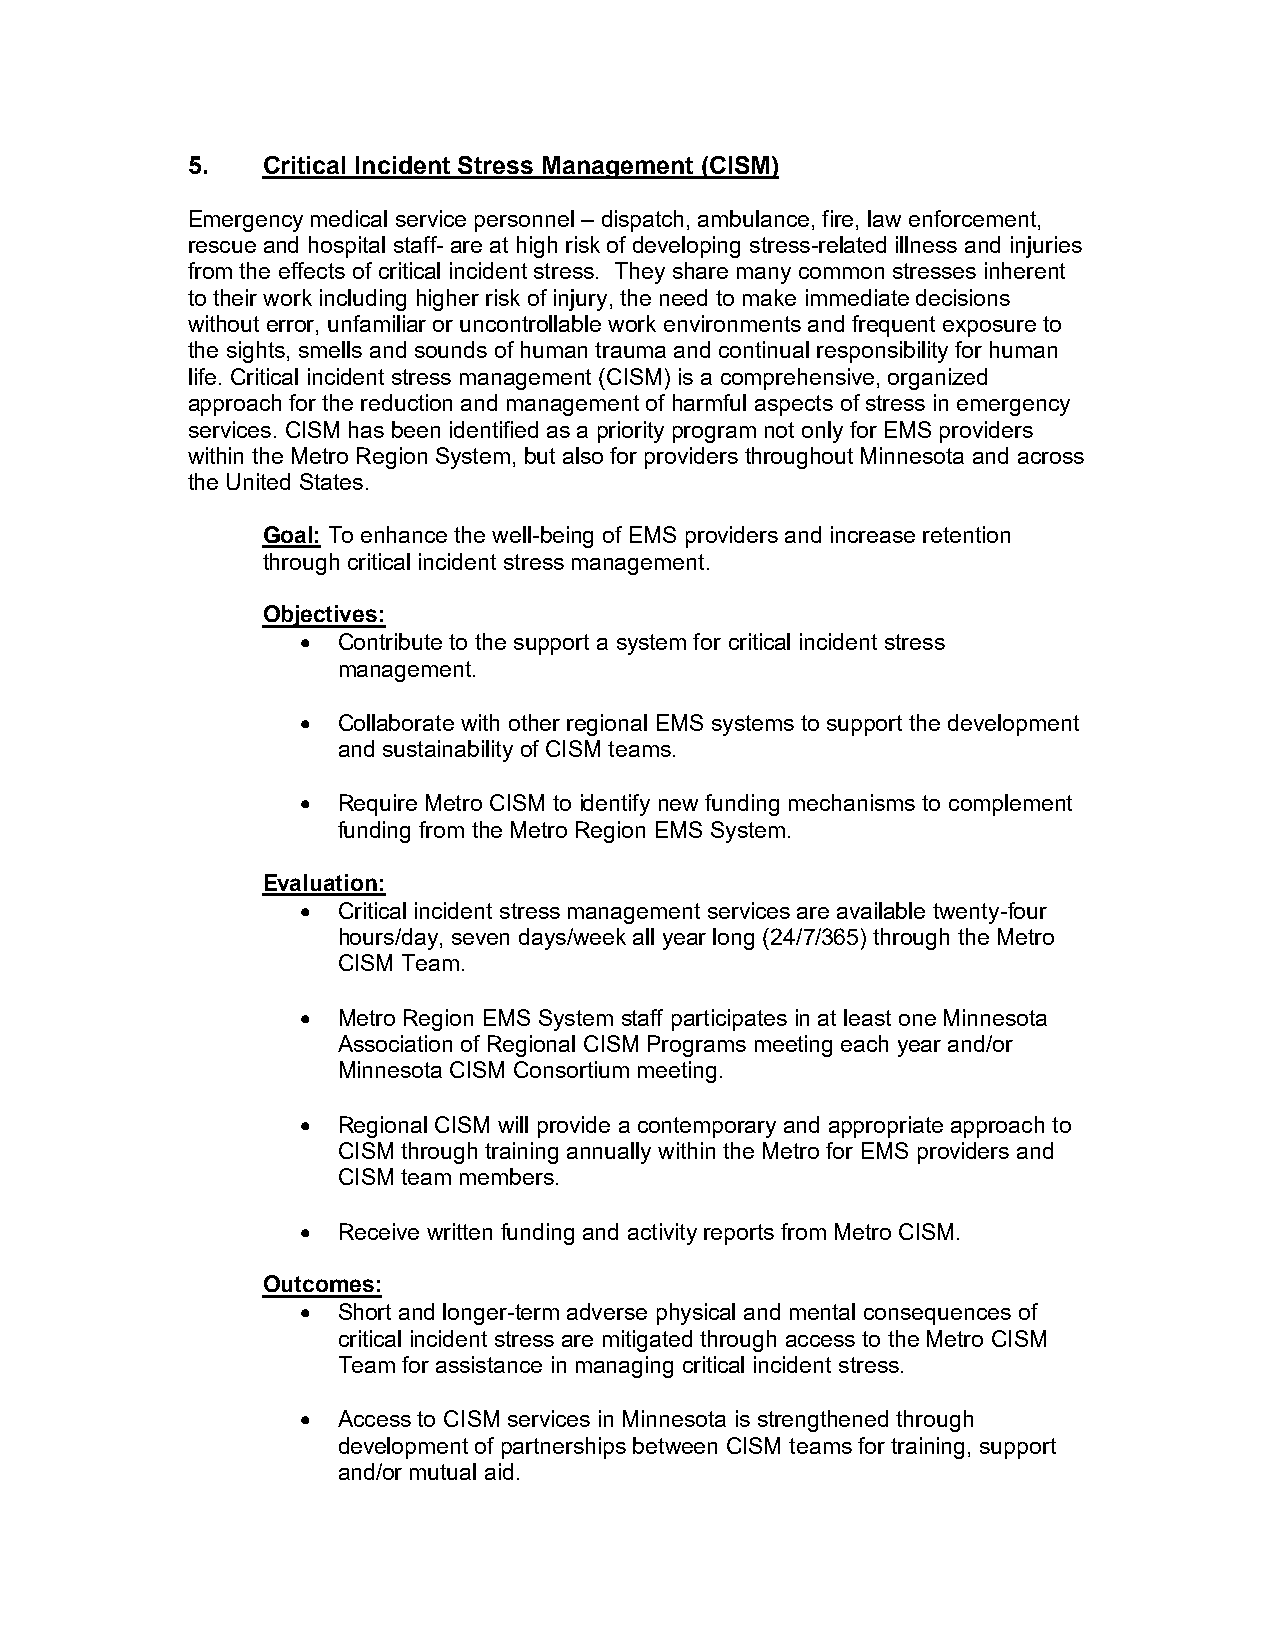
5.   Critical Incident Stress Management (CISM)
 Emergency medical service personnel – dispatch, ambulance, fire, law enforcement,
 rescue and hospital staff- are at high risk of developing stress-related illness and injuries
 from the effects of critical incident stress. They share many common stresses inherent
 to their work including higher risk of injury, the need to make immediate decisions
 without error, unfamiliar or uncontrollable work environments and frequent exposure to
 the sights, smells and sounds of human trauma and continual responsibility for human
 life. Critical incident stress management (CISM) is a comprehensive, organized
 approach for the reduction and management of harmful aspects of stress in emergency
 services. CISM has been identified as a priority program not only for EMS providers
 within the Metro Region System, but also for providers throughout Minnesota and across
 the United States.
 Goal: To enhance the well-being of EMS providers and increase retention
 through critical incident stress management.
 Objectives:
 • Contribute to the support a system for critical incident stress
 management.
 • Collaborate with other regional EMS systems to support the development
 and sustainability of CISM teams.
 • Require Metro CISM to identify new funding mechanisms to complement
 funding from the Metro Region EMS System.
 Evaluation:
 • Critical incident stress management services are available twenty-four
 hours/day, seven days/week all year long (24/7/365) through the Metro
 CISM Team.
 • Metro Region EMS System staff participates in at least one Minnesota
 Association of Regional CISM Programs meeting each year and/or
 Minnesota CISM Consortium meeting.
 • Regional CISM will provide a contemporary and appropriate approach to
 CISM through training annually within the Metro for EMS providers and
 CISM team members.
 • Receive written funding and activity reports from Metro CISM.
 Outcomes:
 • Short and longer-term adverse physical and mental consequences of
 critical incident stress are mitigated through access to the Metro CISM
 Team for assistance in managing critical incident stress.
 • Access to CISM services in Minnesota is strengthened through
 development of partnerships between CISM teams for training, support
 and/or mutual aid.